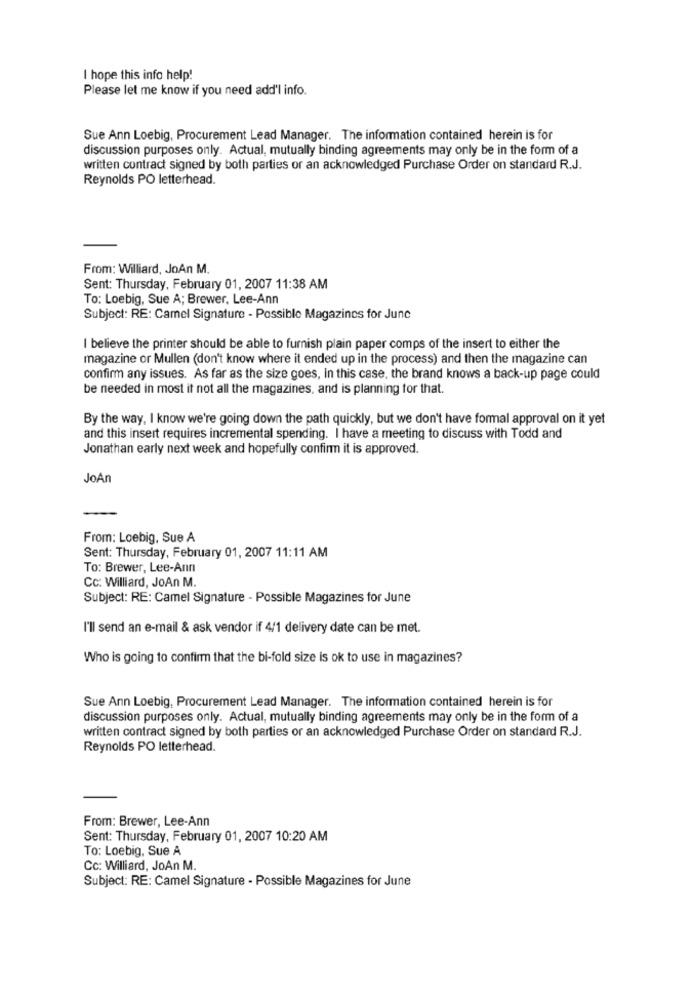
I hope this info help!
Please let me know if you need add'l info.
Sue Ann Loebig, Procurement Lead Manager. The information contained herein is for
discussion purposes only. Actual, mutually binding agreements may only be in the form of a
written contract signed by both parties or an acknowledged Purchase Order on standard R.J.
Reynolds PO letterhead.
From: Williard, JoAn M.
Sent: Thursday, February 01, 2007 11:38 AM
To: Loebig, Sue A; Brewer, Lee-Ann
Subject: RE: Camel Signature - Possible Magazines for June
I believe the printer should be able to furnish plain paper comps of the insert to either the
magazine or Mullen (don't know where it ended up in the process) and then the magazine can
confirm any issues. As far as the size goes, In this case, the brand knows a back-up page could
be needed in most it not all the magazines, and is planning for that.
By the way, I know we're going down the path quickly, but we don't have formal approval on it yet
and this insert requires incremental spending. I have a meeting to discuss with Todd and
Jonathan early next week and hopefully confirm it is approved.
JoAn
From: Loebig, Sue A
Sent: Thursday, February 01, 2007 11:11 AM
To: Brewer, Lee-Ann
CC: Williard, JoAn M.
Subject: RE: Camel Signature - Possible Magazines for June
I'll send an e-mail & ask vendor if 4/1 delivery date can be met.
Who is going to confirm that the bi-fold size is ok to use in magazines?
Sue Ann Loebig, Procurement Lead Manager. The information contained herein is for
discussion purposes only. Actual, mutually binding agreements may only be in the form of a
written contract signed by both parties or an acknowledged Purchase Order on standard R.J.
Reynolds PO letterhead.
From: Brewer, Lee-Ann
Sent: Thursday, February 01, 2007 10:20 AM
To: Loebig, Sue A
Cc: Williard, JoAn M.
Subject: RE: Camel Signature - Possible Magazines for June